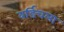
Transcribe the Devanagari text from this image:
बर्डिचला